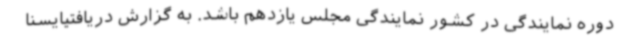
دوره نمایندگی در کشور نمایندگی مجلس یازدهم باشد. به گزارش دریافتیایسنا